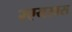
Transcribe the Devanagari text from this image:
२एयरबस